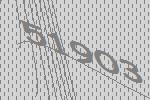
51903